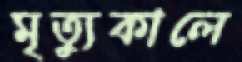
মৃত্যুকালে